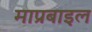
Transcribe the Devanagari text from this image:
माप्रबाइल